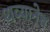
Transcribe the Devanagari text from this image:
थव्यानेच